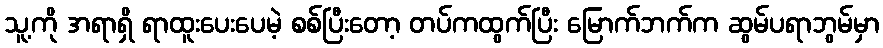
သူ့ကို အရာရှိ ရာထူးပေးပေမဲ့ စစ်ပြီးတော့ တပ်ကထွက်ပြီး မြောက်ဘက်က ဆွမ်ပရာဘွမ်မှာ